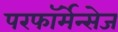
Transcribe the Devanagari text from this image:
परफॉर्मेन्सेज